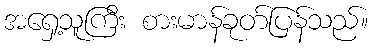
အရှေ့သူကြီး စားမာန်ခုတ်ပြန်သည်။